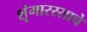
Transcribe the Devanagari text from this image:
शृंगाररसाचे